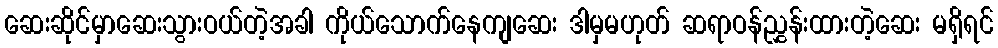
ဆေးဆိုင်မှာဆေးသွားဝယ်တဲ့အခါ ကိုယ်သောက်နေကျဆေး ဒါမှမဟုတ် ဆရာဝန်ညွှန်းထားတဲ့ဆေး မရှိရင်